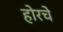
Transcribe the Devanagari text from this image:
होरचे